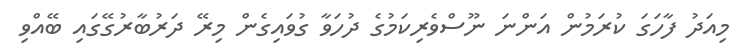
މިއަދު ފާހަގަ ކުރަމުން އަންނަ ނޫސްވެރިކަމުގެ ދުހަވާ ގުވައިގެން މިރޭ ދަރުބާރުގޭގައި ބޭއްވި